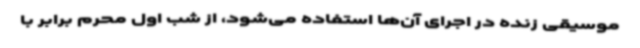
موسیقی زنده در اجرای آن‌ها استفاده می‌شود، از شب اول محرم برابر با